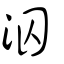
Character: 泅